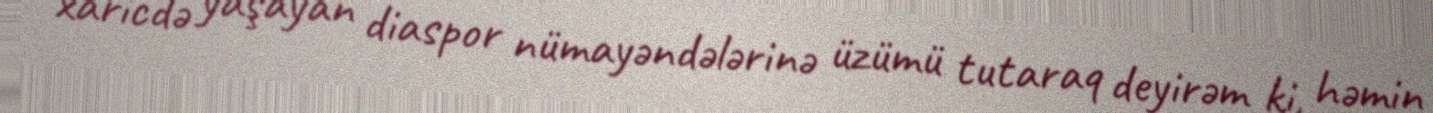
xaricdə yaşayan diaspor nümayəndələrinə üzümü tutaraq deyirəm ki, həmin